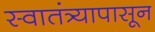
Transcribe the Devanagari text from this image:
स्वातंत्र्यापासून